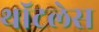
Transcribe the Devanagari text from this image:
थॉटलेस